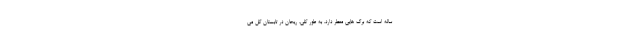
ساله است که برگ هایی معطر دارد. به طور کلی، ریحان در تابستان گل می